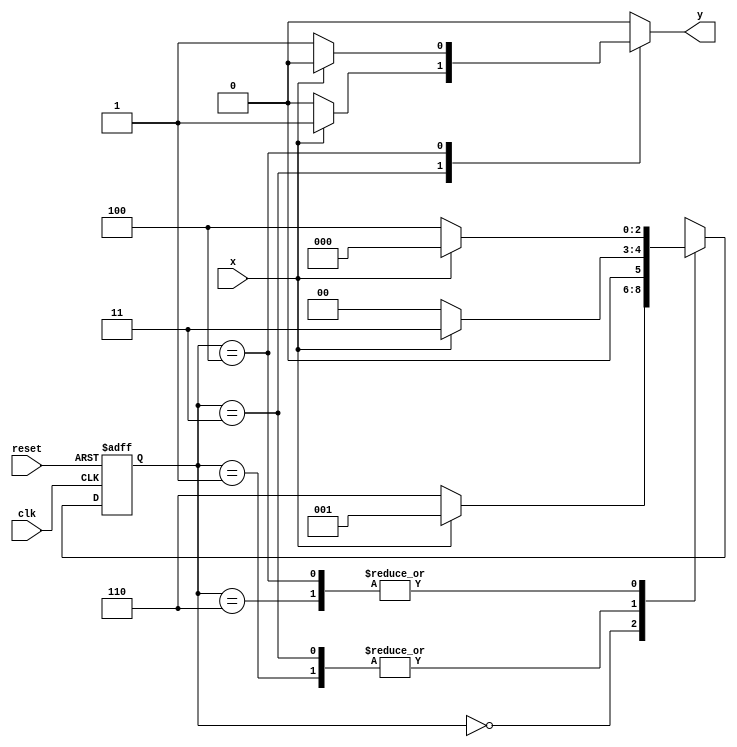
//-------------------------------
// Nome: Caio Ragacci Pimentel
// Matrcula: 405794
//-------------------------------

//-------------------------------
//------Guia 10 - 04 ------------
//-------------------------------
 

// -------------------
// --- 000 ou 111 ----
// -------------------


// constant definitions
`define found    1
`define notfound 0

// FSM by Mealy
module exercicio04_seq000_111 ( y, x, clk, reset );

	output y;
	input  x;
	input  clk;
	input  reset;

	reg    y;

	parameter         // state identifiers 
		start  = 3'b000,
		id1    = 3'b001,
		id11   = 3'b011,
		id0    = 3'b110,
		id00   = 3'b100;

	reg [2:0] E1;	// current state variables
	reg [2:0] E2;	// next state logic output

	// next state logic
   always @( x or E1 )
		begin
		y = `notfound;

		case ( E1 )
			start:
				if ( x )
					E2 = id1;
				else
					E2 = id0;
				
			id1:
				if ( x )
					E2 = id11;
				else
					E2 = start;

			id11:
				if ( x )
				begin
					E2 =  id11;
					y  = `found;
				end
				else
				begin
					E2 =  start;
					y  = `notfound;
				end
			
			id0:
				if ( x )
					E2 = start;
				else
					E2 = id00;

			id00:
				if ( x )
				begin
					E2 =  start;
					y  = `notfound;
				end
				else
				begin
					E2 =  id00;
					y  = `found;
				end
	 
			default:   // undefined state
				E2 =  3'bxxx;
		endcase
	  
		end // always at signal or state changing
		

	// state variables
		always @( posedge clk or negedge reset )
		begin
			if ( reset )
				E1 = E2;    // updates current state
			else
				E1 = 0;     // reset
		end // always at signal changing

endmodule // exercicio04_seq000_111

module Exercicio04;
	
	reg   clk, reset, x;
	wire  m1;

	exercicio04_seq000_111 M5 ( m1, x, clk, reset );

	initial
	begin
		$display("Caio Ragacci Pimentel - 405794 - Guia 10");
		$display("\n Time\tX   Seq 000|111" );

	// initial values
       clk   = 1;
       reset = 0;
       x     = 0;

	// input signal changing
		#10   reset = 1;
		#10  x = 1;
		#10  x = 0;
		#10  x = 0;
		#10  x = 1;
		#10  x = 0;
		#10  x = 1;
		#10  x = 1;
		#10  x = 1;
		#10  x = 1;
		#10  x = 0;
		#10  x = 1;
		#10  x = 1;
		#10  x = 1;
		#10  x = 0;
		#10  x = 1;
		#10  x = 0;
		#10  x = 0;
		#10  x = 0;
		
		#5 $finish;
	
	end // initial

	always
		#5 clk = ~clk;

	always @( posedge clk )
	begin
		$display ( "%4d \t%b\t%b", $time, x, m1);
	end // always at positive edge clocking changing

endmodule